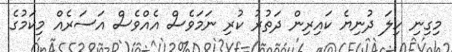
މިގިނި ހިލަ ދުނިޔެ ކައިރިން ދަތުރު ކުރި ނަމަވެސް އެއްވެސް އަސަރެއް މިކަމުގެ